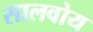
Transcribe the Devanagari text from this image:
सालवोय